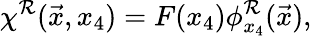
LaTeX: \chi^{\mathcal{R}}(\vec{{x}},x_{4})=F(x_{4})\phi_{x_{4}}^{\mathcal{R}}(\vec{{x}}),